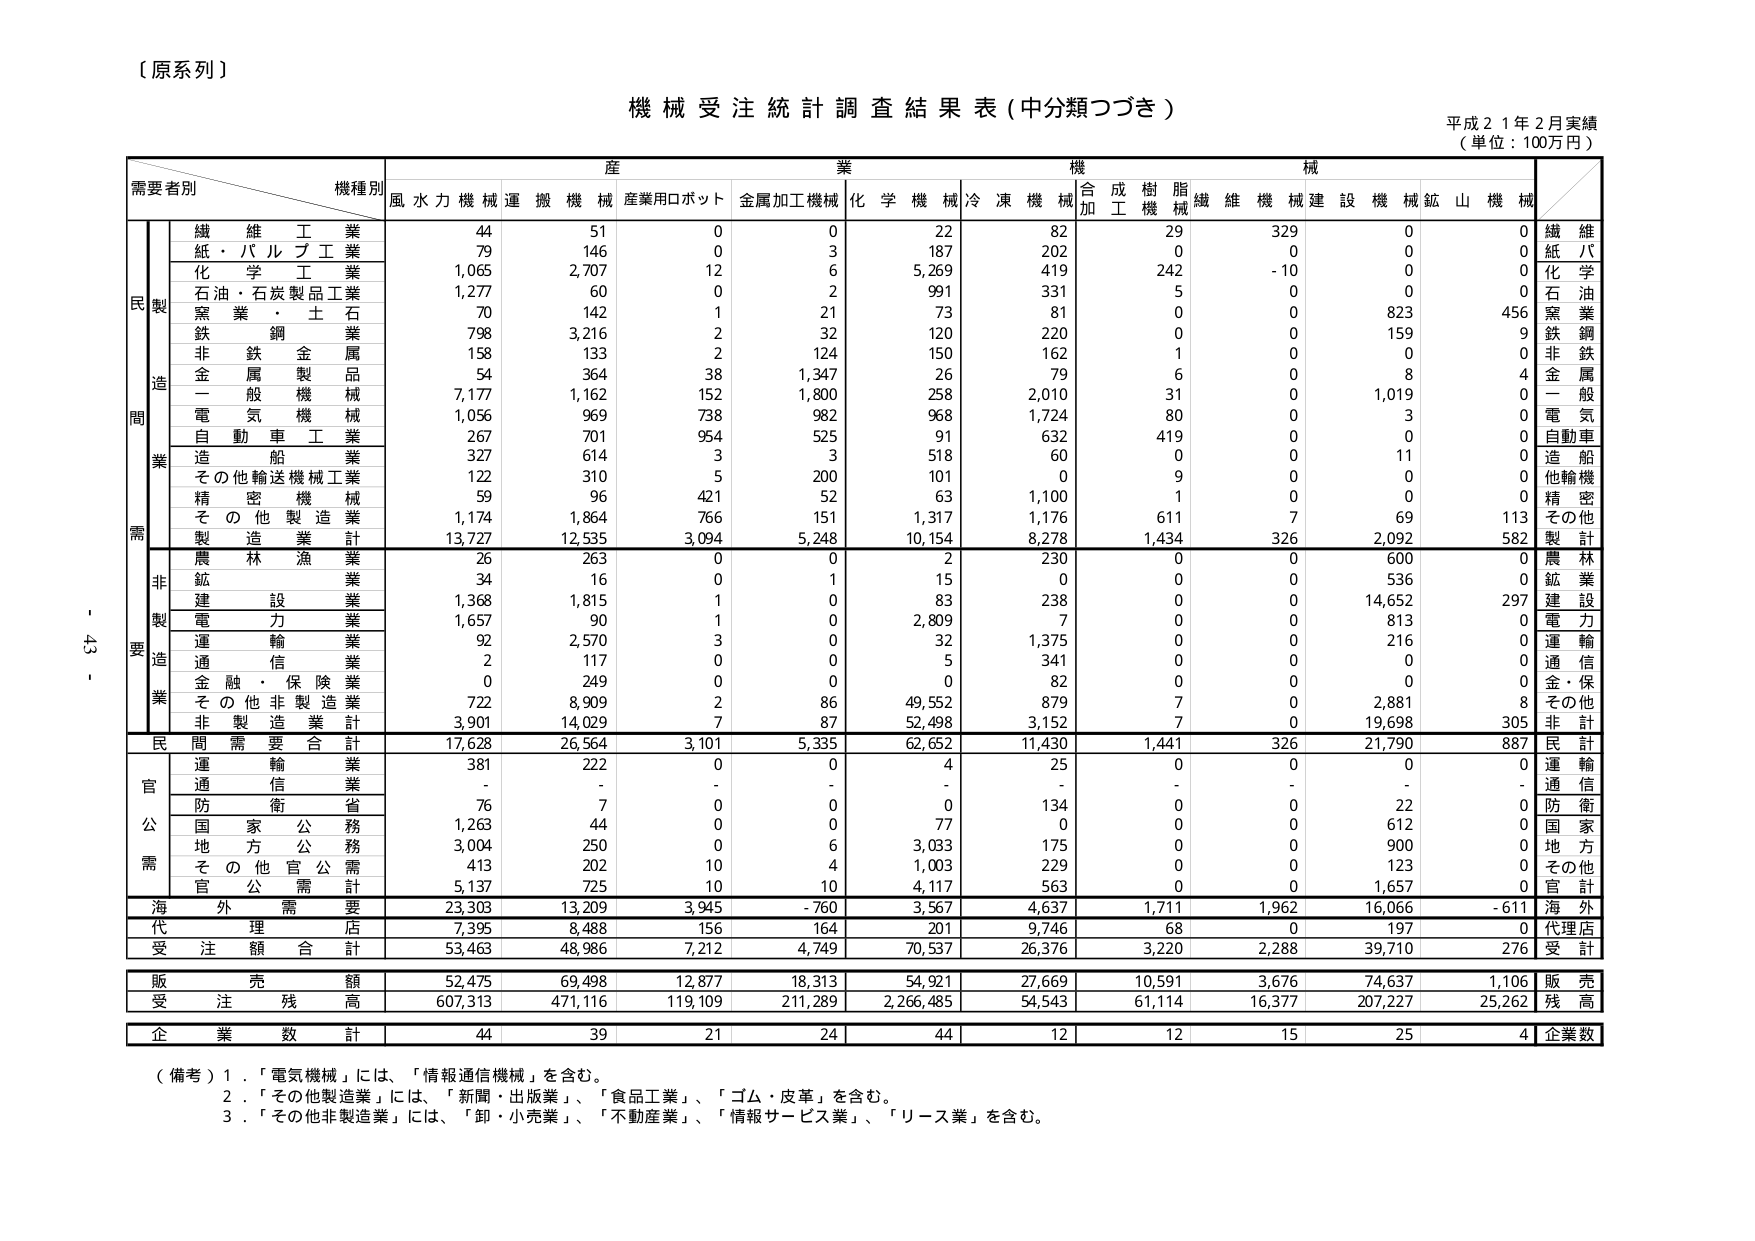
【原系列】

機械受注統計調査結果表（中分類つづき）

平成21年2月実績
（単位：100万円）

需要者別　　機種別　　産業　　機械
　　　　　　　　　　　風水力機械　運搬機械　産業用ロボット　金属加工機械　化学機械　冷凍機械　合成樹脂機械　繊維機械　建設機械　鉱山機械

　　　　　　　　　　　　合計

民　製　　繊維工業　　　　44　　　51　　　0　　　0　　　22　　　82　　　29　　　329　　　0　　　0　　　繊維
　　　　　紙・パルプ工業　　79　　　146　　　0　　　3　　　187　　　202　　　0　　　0　　　0　　　0　　　紙パ
　　　　　化学工業　　　　1,065　　2,707　　12　　　6　　　5,269　　419　　　242　　　-10　　　0　　　0　　　化学
　　　　　石油・石炭製品工業　1,277　　60　　　0　　　2　　　991　　　331　　　5　　　0　　　0　　　0　　　石油
　　　　　窯業・土石　　　70　　　142　　　1　　　21　　　73　　　81　　　0　　　0　　　823　　　456　　　窯業
　　　　　鉄鋼業　　　　798　　　3,216　　2　　　32　　　120　　　220　　　0　　　0　　　159　　　9　　　鉄鋼
　　　　　非鉄金属　　　158　　　133　　　2　　　124　　　150　　　162　　　1　　　0　　　0　　　0　　　非鉄
　　　　　金属製品　　　54　　　364　　　38　　　1,347　　26　　　79　　　6　　　0　　　8　　　4　　　金属
　　　　　一般機械　　　7,177　　1,162　　152　　　1,800　　258　　　2,010　　31　　　0　　　1,019　　0　　　一般
　　　　　電気機械　　　1,056　　969　　　738　　　982　　　968　　　1,724　　80　　　0　　　3　　　0　　　電気
　　　　　自動車工業　　　267　　　701　　　954　　　525　　　91　　　632　　　419　　　0　　　0　　　0　　　自動車
　　　　　造船業　　　　327　　　614　　　3　　　3　　　518　　　60　　　0　　　0　　　11　　　0　　　造船
　　　　　その他輸送機械工業　122　　　310　　　5　　　200　　　101　　　0　　　9　　　0　　　0　　　0　　　他輸機
　　　　　精密機械　　　59　　　96　　　421　　　52　　　63　　　1,100　　1　　　0　　　0　　　0　　　精密
　　　　　その他製造業　　1,174　　1,864　　766　　　151　　　1,317　　1,176　　611　　　7　　　69　　　113　　その他
　　　　　製造業計　　　13,727　　12,535　　3,094　　5,248　　10,154　　8,278　　1,434　　326　　2,092　　582　　製計

　　　　　農林漁業　　　26　　　263　　　0　　　0　　　2　　　230　　　0　　　0　　　600　　　0　　　農林
　　　　　鉱業　　　　　34　　　16　　　0　　　1　　　15　　　0　　　0　　　0　　　536　　　0　　　鉱業
　　　　　建設業　　　　1,368　　1,815　　1　　　0　　　83　　　238　　　0　　　0　　　14,652　　297　　建設
　　　　　電力業　　　　1,657　　90　　　1　　　0　　　2,809　　7　　　0　　　0　　　813　　　0　　　電力
　　　　　運輸業　　　　92　　　2,570　　3　　　0　　　32　　　1,375　　0　　　0　　　216　　　0　　　運輸
　　　　　通信業　　　　2　　　117　　　0　　　0　　　5　　　341　　　0　　　0　　　0　　　0　　　通信
　　　　　金融・保険業　　0　　　249　　　0　　　0　　　0　　　82　　　0　　　0　　　0　　　0　　　金・保
　　　　　その他非製造業　722　　8,909　　2　　　86　　　49,552　　879　　　7　　　0　　　2,881　　8　　　その他
　　　　　非製造業計　　3,901　　14,029　　7　　　87　　　52,498　　3,152　　7　　　0　　　19,698　　305　　非計

　　　　　民間需要合計　　17,628　　26,564　　3,101　　5,335　　62,652　　11,430　　1,441　　326　　21,790　　887　　民計

官　　運輸業　　　　　381　　　222　　　0　　　0　　　4　　　25　　　0　　　0　　　0　　　0　　　運輸
　　　通信業　　　　　-　　　-　　　-　　　-　　　-　　　-　　　-　　　-　　　-　　　-　　　通信
　　　防衛省　　　　　76　　　7　　　0　　　0　　　0　　　134　　　0　　　0　　　22　　　0　　　防衛
　　　国家公務　　　　1,263　　44　　　0　　　0　　　77　　　0　　　0　　　0　　　612　　　0　　　国家
　　　地方公務　　　　3,004　　250　　　0　　　6　　　3,033　　175　　　0　　　0　　　900　　　0　　　地方
　　　その他官公需　　413　　　202　　　10　　　4　　　1,003　　229　　　0　　　0　　　123　　　0　　　その他
　　　官公需計　　　　5,137　　725　　　10　　　10　　　4,117　　563　　　0　　　0　　　1,657　　　0　　　官計

海　　外　　需　　要　　23,303　　13,209　　3,945　　-760　　3,567　　4,637　　1,711　　1,962　　16,066　　-611　　海外

代　　理　　理　　店　　7,395　　8,488　　156　　　164　　　201　　　9,746　　68　　　0　　　197　　　0　　　代理店

受　　注　　額　　合　　計　　53,463　　48,986　　7,212　　4,749　　70,537　　26,376　　3,220　　2,288　　39,710　　276　　受計

販　　売　　額　　　　52,475　　69,498　　12,877　　18,313　　54,921　　27,669　　10,591　　3,676　　74,637　　1,106　　販売

受　　注　　残　　高　　607,313　　471,116　　119,109　　211,289　　2,266,485　　54,543　　61,114　　16,377　　207,227　　25,262　　残高

企　　業　　数　　計　　　44　　　39　　　21　　　24　　　44　　　12　　　12　　　15　　　25　　　4　　企業数

（備考）1．「電気機械」には、「情報通信機械」を含む。
　　　2．「その他製造業」には、「新聞・出版業」、「食品工業」、「ゴム・皮革」を含む。
　　　3．「その他非製造業」には、「卸・小売業」、「不動産業」、「情報サービス業」、「リース業」を含む。

- 43 -